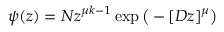
\psi ( z ) = { \cal N } z ^ { \mu k - 1 } \exp \big ( - [ D z ] ^ { \mu } \big )